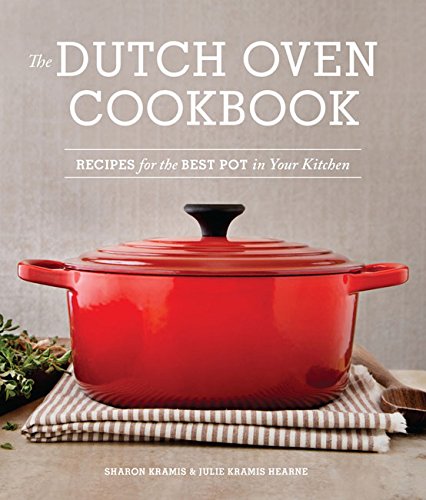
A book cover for The Dutch Oven Cookbook: Recipes for the Best Pot in Your Kitchen; Sharon Kramis; Cookbooks, Food & Wine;